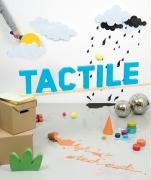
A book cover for Tactile: High Touch Visuals; Arts & Photography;